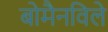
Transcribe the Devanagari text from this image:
बोमैनविले